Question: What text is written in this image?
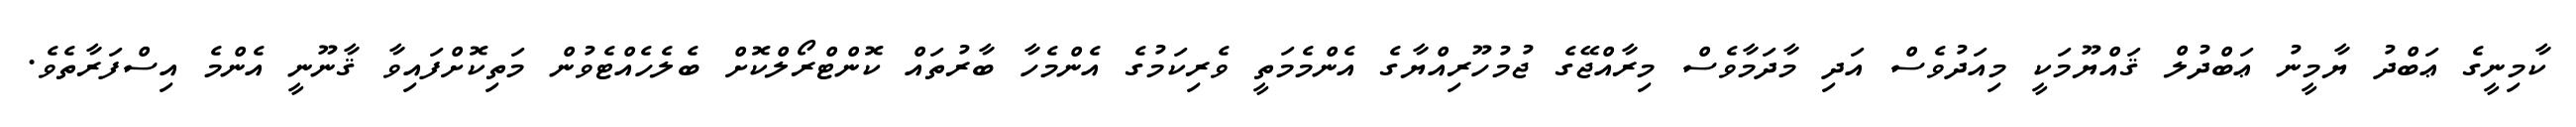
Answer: ކާމިނީގެ ޢަބްދު ޔާމީނު ޢަބްދުލް ޤައްޔޫމަކީ މިއަދުވެސް އަދި މާދަމާވެސް މިރާއްޖޭގެ ޖުމުހޫރިއްޔާގެ އެންމެމަތީ ވެރިކަމުގެ އެންމެހާ ބާރުތައް ކޮންޓްރޯލްކޮށް ބެލެހެއްޓެވުން މަތިކޮށްފައިވާ ޤާނޫނީ އެންމެ އިސްފަރާތެވެ.